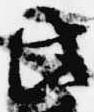
此